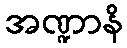
အဏ္ဍာနိ